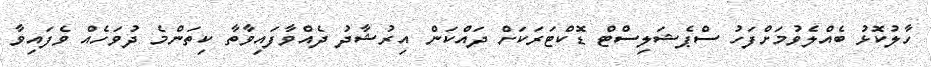
ހާލުކޮޅު ބެއްލެވުމަށްފަހު ސްޕެޝަލިސްޓް ޑޮކްޓަރަކަށް ދައްކަން އިރުޝާދު ދެއްވާފައިވާތާ ކިތަންމެ ދުވަހެއް ވެފައިވާ